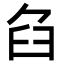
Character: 臽